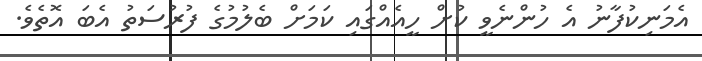
އެމަނިކުފާނު އެ ހުންނެވީ ކުށް ހީއެއްގައި ކަމަށް ބެލުމުގެ ފުރުސަތު އެބަ އޮތެވެ.